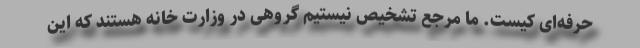
حرفه‌ای کیست. ما مرجع تشخیص نیستیم گروهی در وزارت خانه هستند که این